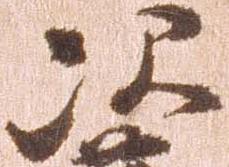
次